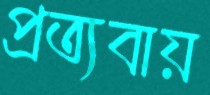
প্রত্যবায়